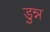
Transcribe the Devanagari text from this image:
डुन्न